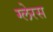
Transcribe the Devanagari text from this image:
ग्लेरस